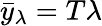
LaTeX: \bar{y}_{\lambda}=T\lambda